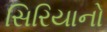
સિરિયાનો